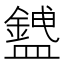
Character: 𥃅